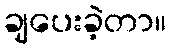
ချပေးခဲ့တာ။